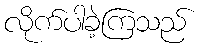
လိုက်ပါခဲ့ကြသည်